Annual report of the Central Committee of the Association together with the report of the directors of the Pasteur Institute at Kasauli
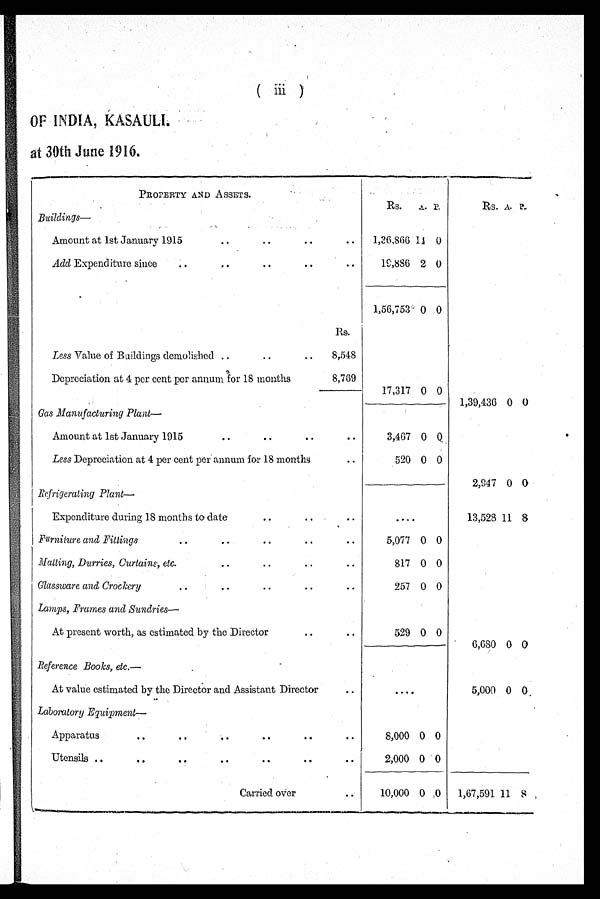
( ii )
OF INDIA, KASAULI.
at 30th June 1916.
PROPERTY AND ASSETS.
Buildings—
Rs. A. P.
Rs. A. P.
Amount at 1st January 1915
.. ..
..
..
1,36,866 1 4 0
Add Expenditure since
..
.. ..
..
..
19,886 2 0
1,56,753º
0 0
Rs.
Less Value of Buildings demolished .. ..
.. 8,548
Depreciation at 4 per cent per annum for 18 months 8,769
17,317 0 0
Gas Manufacturing Plant—
1,39,436 0 0
Amount at 1st January 1915
.. ..
..
..
3,467 0 0
Less Depreciation at 4 per cent per annum for 18 months
..
520 0 0
Refrigerating Plant—
2,947 0 0
Expenditure during 18 months to date ..
..
..
....
13,528 1 1 8
Furniture and Fittings.
..
..
..
..
..
5,077 0 0
Malling, Durries, Curtaine, etc.
..
..
..
..
817 0 0
Glassware and Crockery
.. ..
..
..
..
257 0 0
Lamps, Frames and Sundries—
At present worth, as estimated by the Director
..
..
529 0 0
6,680 0 0
Reference Books, etc—
At value estimated by the Director and Assistant Director
..
5,000 0 0
Laboratory Equipment—
Apparatus
..
..
..
..
..
..
8,000 0 0
Utensils..
..
..
..
..
..
..
2,000 0 0
Carried over
..
10,000 0 0
1,67,591 11 8